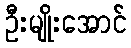
ဦးမျိုးအောင်